Medical and sanitary report on the native army of Bombay for the year
Year: 1878
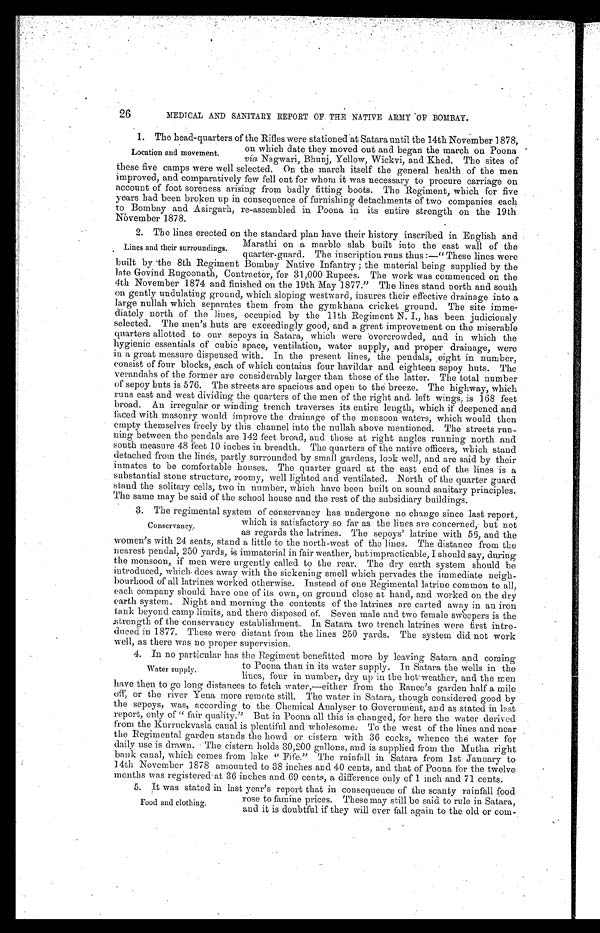
26
MEDTCAL AND SANITARY REPORT OF THE NATIVE ARMY OF BOMBAY.
1. The head-quarters of the Rifles were stationed at Satara until the 14th November 1878,
Location and movement.
on which date they moved out and began the march on poona
via Nagwari, Bhunj, Yellow, Wickvi, and Khed. The sites of
these live camps were well selected. On the march itself the general health of the men
improved, and comparatively few fell out for whom it was necessary to procure carriage on
account of foot soreness arising from badly fitting boots. The Regiment, which for five
years had been broken up in consequence of furnishing detachments of two companies each
to Bombay and Asirgarh, re-assembled in Poona in its entire strength on the 19th
November 1878.
2. The lines erected on the standard plan have their history inscribed in English and
Lines and their surroundings.
Marathi on a marble slab built into the east wall of the
quarter-guard. The inscription runs thus :—" These lines were
built by the 8th Regiment Bombay Native Infantry ; the material being supplied by the
late Govind Rugoonath, Contractor, for 31,000 Rupees. The work was commenced on the
4th November 1874 and finished on the 19th May 1877." The lines stand north and south
on gently undulating ground, which sloping westward, insures their effective drainage into a
large nullah which separates them from the gymkhana cricket ground. The site imme
diately north of the lines, occupied by the 11th Regiment N. I., has been judiciously
selected. The men's huts are exceedingly good, and a great improvement on the miserable
quarters allotted to our sepoys in Satara, which were overcrowded, and in which the
hygienic essentials of cubic space, ventilation, water supply, and proper drainage, were
in a great measure dispensed with. In the present lines, the pendals, eight in number,
consist of four blocks, each of which contains four havildar and eighteen sepoy huts. The
verandahs of the former are considerably larger than those of the latter. The total number
of sepoy huts is 576. The streets are spacious and open to the breeze. The highway, which
runs east and west dividing the quarters of the men of the right and left wings, is 168 feet
broad. An irregular or winding trench traverses its entire length, which if deepened and
faced with masonry would improve the drainage of the monsoon waters, which would then
empty themselves freely by this channel into the nullah above mentioned. The streets run
ing between the pendals are 142 feet broad, and those at right angles running north and
south measure 48 feet 10 inches in breadth. The quarters of the native officers, which stand
detached from the lines, partly surrounded by small gardens, look well, and are said by their
inmates to be comfortable houses. The quarter guard at the east end of the lines is a
substantial stone structure, roomy, well lighted and ventilated. North of the quarter guard
stand the solitary cells, two in number, which have been built on sound sanitary principles.
The same may be said of the school house and the rest of the subsidiary buildings.
3. The regimental system of conservancy has undergone no change since last report,
Conservancy.
which is satisfactory so far as the lines are concerned, but not
as regards the latrines. The sepoys latrine with 56, and the
women's with 24 seats, stand a little to the north-west of the lines. The distance from the
nearest pendal, 250 yards, is immaterial in fair weather, butimpracticable, I should say, during
the monsoon, if men were urgently called to the rear. The dry earth system should be
introduced, which does away with the sickening smell which pervades the immediate neigh-
bourhood of all latrines worked otherwise. Instead of one Regimental latrine common to all,
each company should have one of its own, on ground close at hand, and worked on the dry
earth system. Night and morning the contents of the latrines are carted away in au iron
tank beyond camp limits, and there disposed of. Seven male and two female sweepers is the
strength of the conservancy establishment. In Satara two trench latrines were first intro
duced in 1877. These were distant from the lines 250 yards. The system did not work
well, as there was no proper supervision.
4. In no particular has the Regiment benefitted more by leaving Satara and coming
Water supply..
to poona than in its water supply. In atara the wells in the
lines. four in number, dry up in the hot weather, and the men
have then to go long distances to fetch water,—either from the Ranee's garden half a mile
off, or the river Yena more remote still. The water in Satara, though considered good by
the sepoys, was, according to the Chemical Analyser to Government, and as stated in last
report, only of " fair quality." But in Poona all this is changed, for here the water derived
from the Kurrtickvasla canal is plentiful and wholesome. To the west of the lines and near
the Regimental garden stands the howd or cistern with 36 cocks, whence the water for
daily use is drawn. The cistern holds 30,200 gallons, and is supplied from the Mutha right
bank canal, which comes from lake " Fife." The rainfall in Satara from 1st January to
14th November 1878 amounted to 38 inches and 40 cents, and that of Poona for the twelve
months was registered at 36 inches and 69 cents, a difference only of 1 inch and 71 cents.
5. It was stated in last year's report that in consequence of the scanty rainfall food
Food and clothing.
rose to famine prices. These may still be said to rule in Satara,
and it is doubtful if they will ever fall again to the old or com-